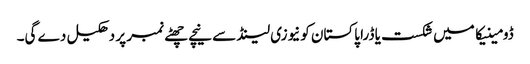
ڈومینیکا میں شکست یا ڈرا پاکستان کونیوزی لینڈ سے نیچے چھٹے نمبر پر دھکیل دے گی۔